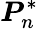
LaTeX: \boldsymbol{P}_{n}^{*}